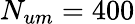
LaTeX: N_{um}=400